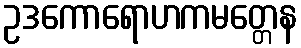
ဥဒကောရောဟကမတ္တေန